Eesti_Ajutise_Valitsuse_Peavolinikud, lk 5
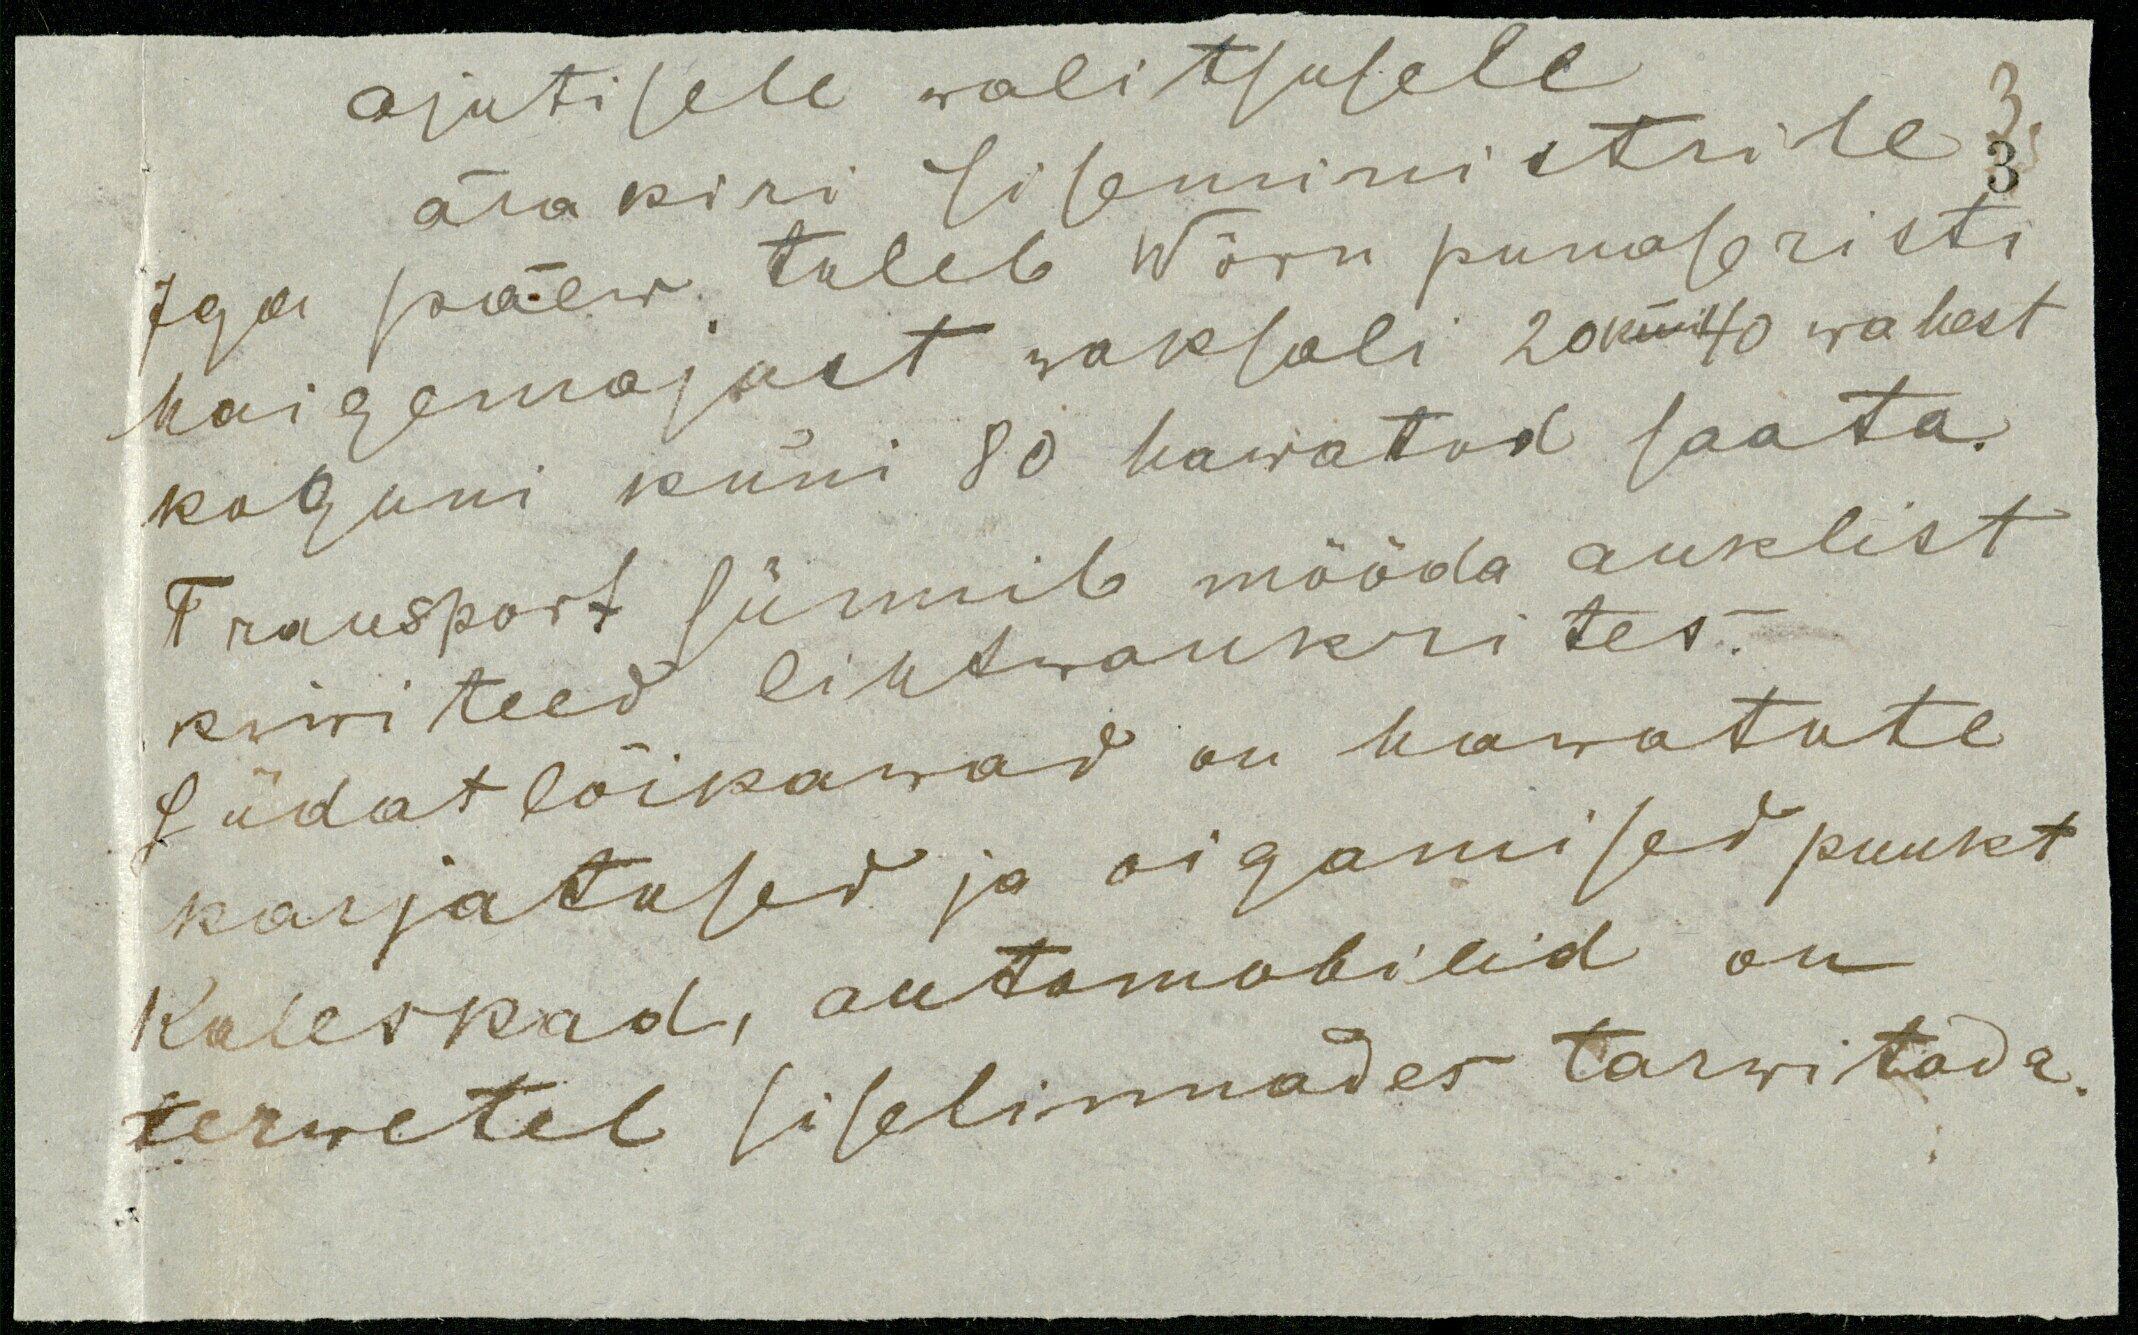
ajutisele walitsusele
3.
ärakiri siseministrile
3
Iga päew tuleb Wõru punase risti
haigemajast waksali 20kuni40 wahest
koguni kuni 80 hawatud saata.
Transport sünnib mööda auklist
kiwiteed lihtwankrites.
Südat lõikawad on hawatute
karjatused ja oigamised puukt
kaleskad, automobilid on
terwetel siselinnades tarwitada.